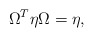
\begin{align*}\Omega^T \eta \Omega=\eta,\end{align*}